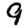
Digit: 9